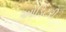
ઓડિટરી